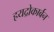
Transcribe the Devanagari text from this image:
हयद्रोकार्बन